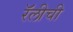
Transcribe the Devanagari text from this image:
रॅलीची